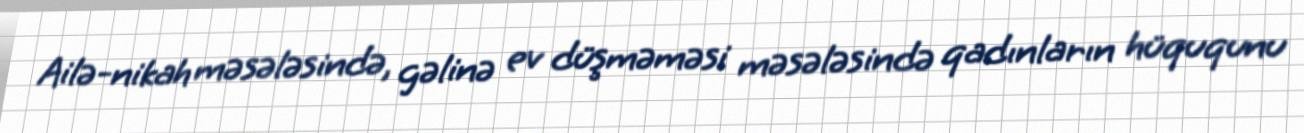
Ailə-nikah məsələsində, gəlinə ev düşməməsi məsələsində qadınların hüququnu